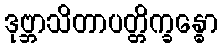
ဒုဗ္ဘာသိတာပတ္တိက္ခန္ဓော